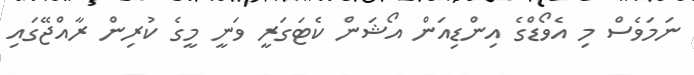
ނަމަވެސް މި އެވޯޑްގެ އިންޑިއަން އޯޝަން ކެޓަގަރީ ވަނީ މީގެ ކުރިން ރާއްޖޭގައި